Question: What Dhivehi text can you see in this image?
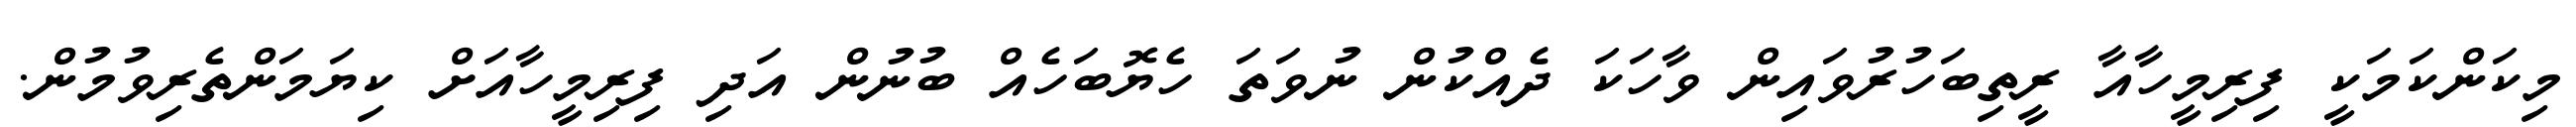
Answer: މިކަންކަމަކީ ފިރިމީހާއާ ރީތިބަހުރުވައިން ވާހަކަ ދެއްކުން ނުވަތަ ހެޔޮބަހެއް ބުނުން އަދި ފިރިމީހާއަށް ކިޔަމަންތެރިވުމުން.